Civil Veterinary Department. United Provinces 1932-42 - 1932-1942
Year: 1932
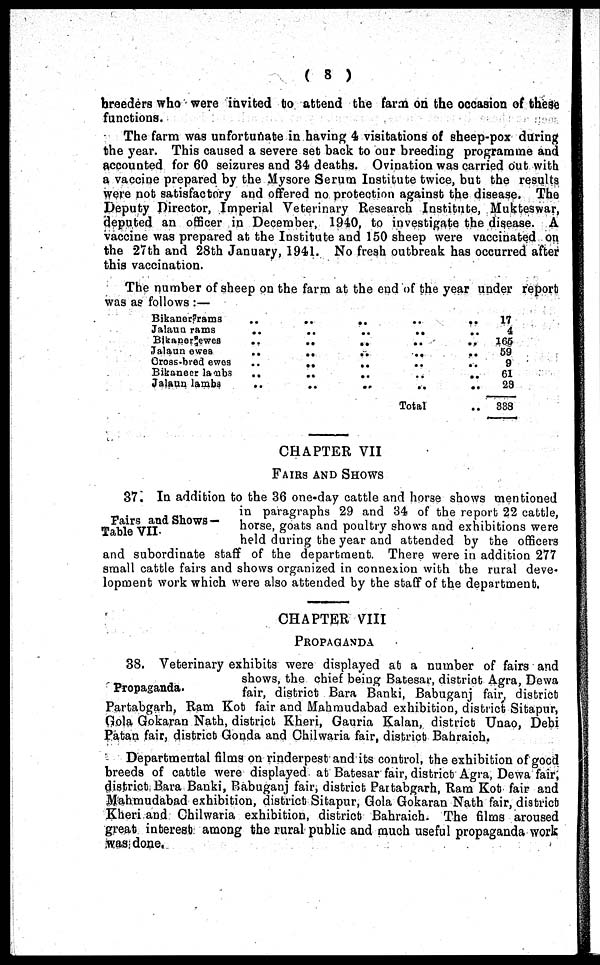
( 8 )
breeders who were invited to attend the farm on the occasion of these
functions.
The farm was unfortunate in having 4 visitations of sheep-pox during
the year. This caused a severe set back to our breeding programme and
accounted for 60 seizures and 34 deaths. Ovination was carried out with
a vaccine prepared by the Mysore Serum Institute twice, but the results
were not satisfactory and offered no protection against the disease. The
Deputy Director, Imperial Veterinary Research Institute, Mukteswar,
deputed an officer in December, 1940, to investigate the disease. A
vaccine was prepared at the Institute and 150 sheep were vaccinated on
the 27th and 28th January, 1941. No fresh outbreak has occurred after
this vaccination.
The number of sheep on the farm at the end of the year under report
was as follows :—
Bikaner rams
Jalaun rams
Bikaner ewes
Jalaun ewes
Cross-bred ewes
Bikaneer lambs
Jalaun lambs
..
..
..
..
..
..
..
..
..
..
..
..
..
..
..
..
..
..
..
..
..
..
..
..
..
..
..
Total
..
..
..
..
..
..
..
..
17
4
165
59
9
61
29
888
CHAPTER VII
FAIRS AND SHOWS
Fairs and Shows —
Table VII.
37. In addition to the 36 one-day cattle and horse shows mentioned
in paragraphs 29 and 34 of the report 22 cattle,
horse, goats and poultry shows and exhibitions were
held during the year and attended by the officers
and subordinate staff of the department. There were in addition 277
small cattle fairs and shows organized in connexion with the rural deve-
lopment work which were also attended by the staff of the department.
CHAPTER VIII
PROPOGANDA
Propaganda.
38. Veterinary exhibits were displayed at a number of fairs and
shows, the chief being Batesar, district Agra, Dewa
fair, district Bara Banki, Babuganj fair, district
Partabgarh, Ram Kot fair and Mahmudabad exhibition, district Sitapur,
Gola Gokaran Nath, district Kheri, Gauria Kalan, district Unao, Debi
Patan fair, district Gonda and Chilwaria fair, district Bahraich.
Departmental films on rinderpest and its control, the exhibition of good
breeds of cattle were displayed at Batesar fair, district Agra, Dewa fair,
district Bara Banki, Babuganj fair, district Partabgarh, Ram Kot fair and
Mahmudabad exhibition, district Sitapur, Gola Gokaran Nath fair, district)
Kheri and Chilwaria exhibition, district Bahraich. The films aroused
great interest among the rural public and much useful propaganda work
was done.